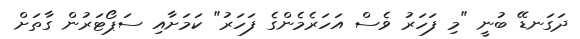
ދަގަނޑޭ ބުނީ "މި ފަހަރު ވެސް އަހަރެމެންގެ ފަހަރު" ކަމަށާއި ސަޕޯޓަރުން ގާތަށް